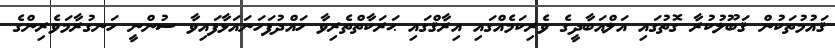
ޤައުމުތަކުން ޤަބޫލުކުރާ ގޮތުގައި އަލްއަބާދީގެ ވެރިކަމެއްގައި އިރާޤްގައި ޙަރަކާތްތެރިވާ ހައްދުފަހަނައަޅާފައިވާ ސުންނީ ހަނގުރާމަވެރިންގެ